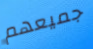
جميعهم